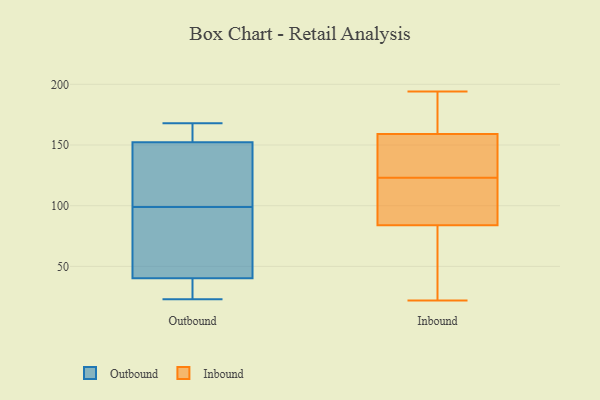
{"axis": {"x": "Budget (USD K)", "y": "Value"}, "legend": ["Inbound", "Outbound"], "data": [{"x": "", "y": 119, "type": "Outbound"}, {"x": "", "y": 86, "type": "Outbound"}, {"x": "", "y": 138, "type": "Outbound"}, {"x": "", "y": 35, "type": "Outbound"}, {"x": "", "y": 32, "type": "Outbound"}, {"x": "", "y": 99, "type": "Outbound"}, {"x": "", "y": 41, "type": "Outbound"}, {"x": "", "y": 160, "type": "Outbound"}, {"x": "", "y": 89, "type": "Outbound"}, {"x": "", "y": 157, "type": "Outbound"}, {"x": "", "y": 168, "type": "Outbound"}, {"x": "", "y": 127, "type": "Outbound"}, {"x": "", "y": 23, "type": "Outbound"}, {"x": "", "y": 40, "type": "Outbound"}, {"x": "", "y": 168, "type": "Outbound"}, {"x": "", "y": 104, "type": "Inbound"}, {"x": "", "y": 130, "type": "Inbound"}, {"x": "", "y": 84, "type": "Inbound"}, {"x": "", "y": 184, "type": "Inbound"}, {"x": "", "y": 22, "type": "Inbound"}, {"x": "", "y": 189, "type": "Inbound"}, {"x": "", "y": 165, "type": "Inbound"}, {"x": "", "y": 141, "type": "Inbound"}, {"x": "", "y": 84, "type": "Inbound"}, {"x": "", "y": 128, "type": "Inbound"}, {"x": "", "y": 31, "type": "Inbound"}, {"x": "", "y": 85, "type": "Inbound"}, {"x": "", "y": 123, "type": "Inbound"}, {"x": "", "y": 194, "type": "Inbound"}, {"x": "", "y": 50, "type": "Inbound"}]}